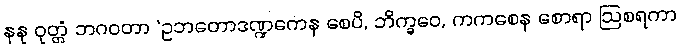
နနု ဝုတ္တံ ဘဂဝတာ ‘ဥဘတောဒဏ္ဍကေန စေပိ, ဘိက္ခဝေ, ကကစေန စောရာ ဩစရကာ